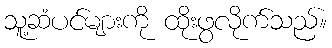
သူ့ဆံပင်များကို ထိုးဖွလိုက်သည်။